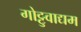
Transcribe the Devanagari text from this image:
गोट्टुवाद्यम